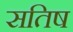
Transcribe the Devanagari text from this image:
सतिष